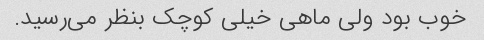
خوب بود ولی ماهی خیلی کوچک بنظر می‌رسید.